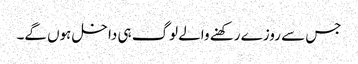
جس سے روزے رکھنے والے لوگ ہی داخل ہوں گے۔